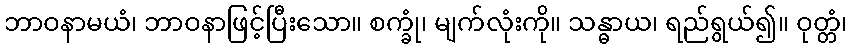
ဘာဝနာမယံ၊ ဘာဝနာဖြင့်ပြီးသော။ စက္ခုံ၊ မျက်လုံးကို။ သန္ဓာယ၊ ရည်ရွယ်၍။ ဝုတ္တံ၊